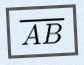
\overline{AB}